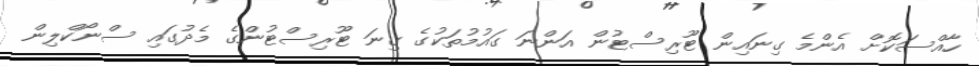
ހާއްސަކޮށް އެންމެ ގިނައިން ޓޫރިސްޓުން އަންނަ ގައުމުތަކުގެ ގިނަ ޓޫރިސްޓުންގެ މެދުގައި ސްނޯކްލިން